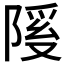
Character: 𫕊